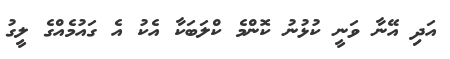
އަދި އޭނާ ވަނީ ކުޅުނު ކޮންމެ ކްލަބަކާ އެކު އެ ގައުމެއްގެ ލީގު